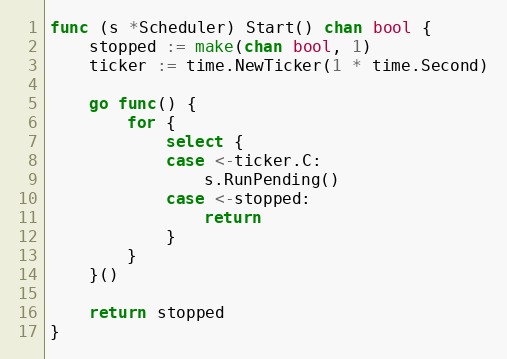
Language: Go
func (s *Scheduler) Start() chan bool {
	stopped := make(chan bool, 1)
	ticker := time.NewTicker(1 * time.Second)

	go func() {
		for {
			select {
			case <-ticker.C:
				s.RunPending()
			case <-stopped:
				return
			}
		}
	}()

	return stopped
}